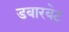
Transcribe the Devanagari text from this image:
डबारबेट